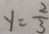
y = \frac { 2 } { 3 }